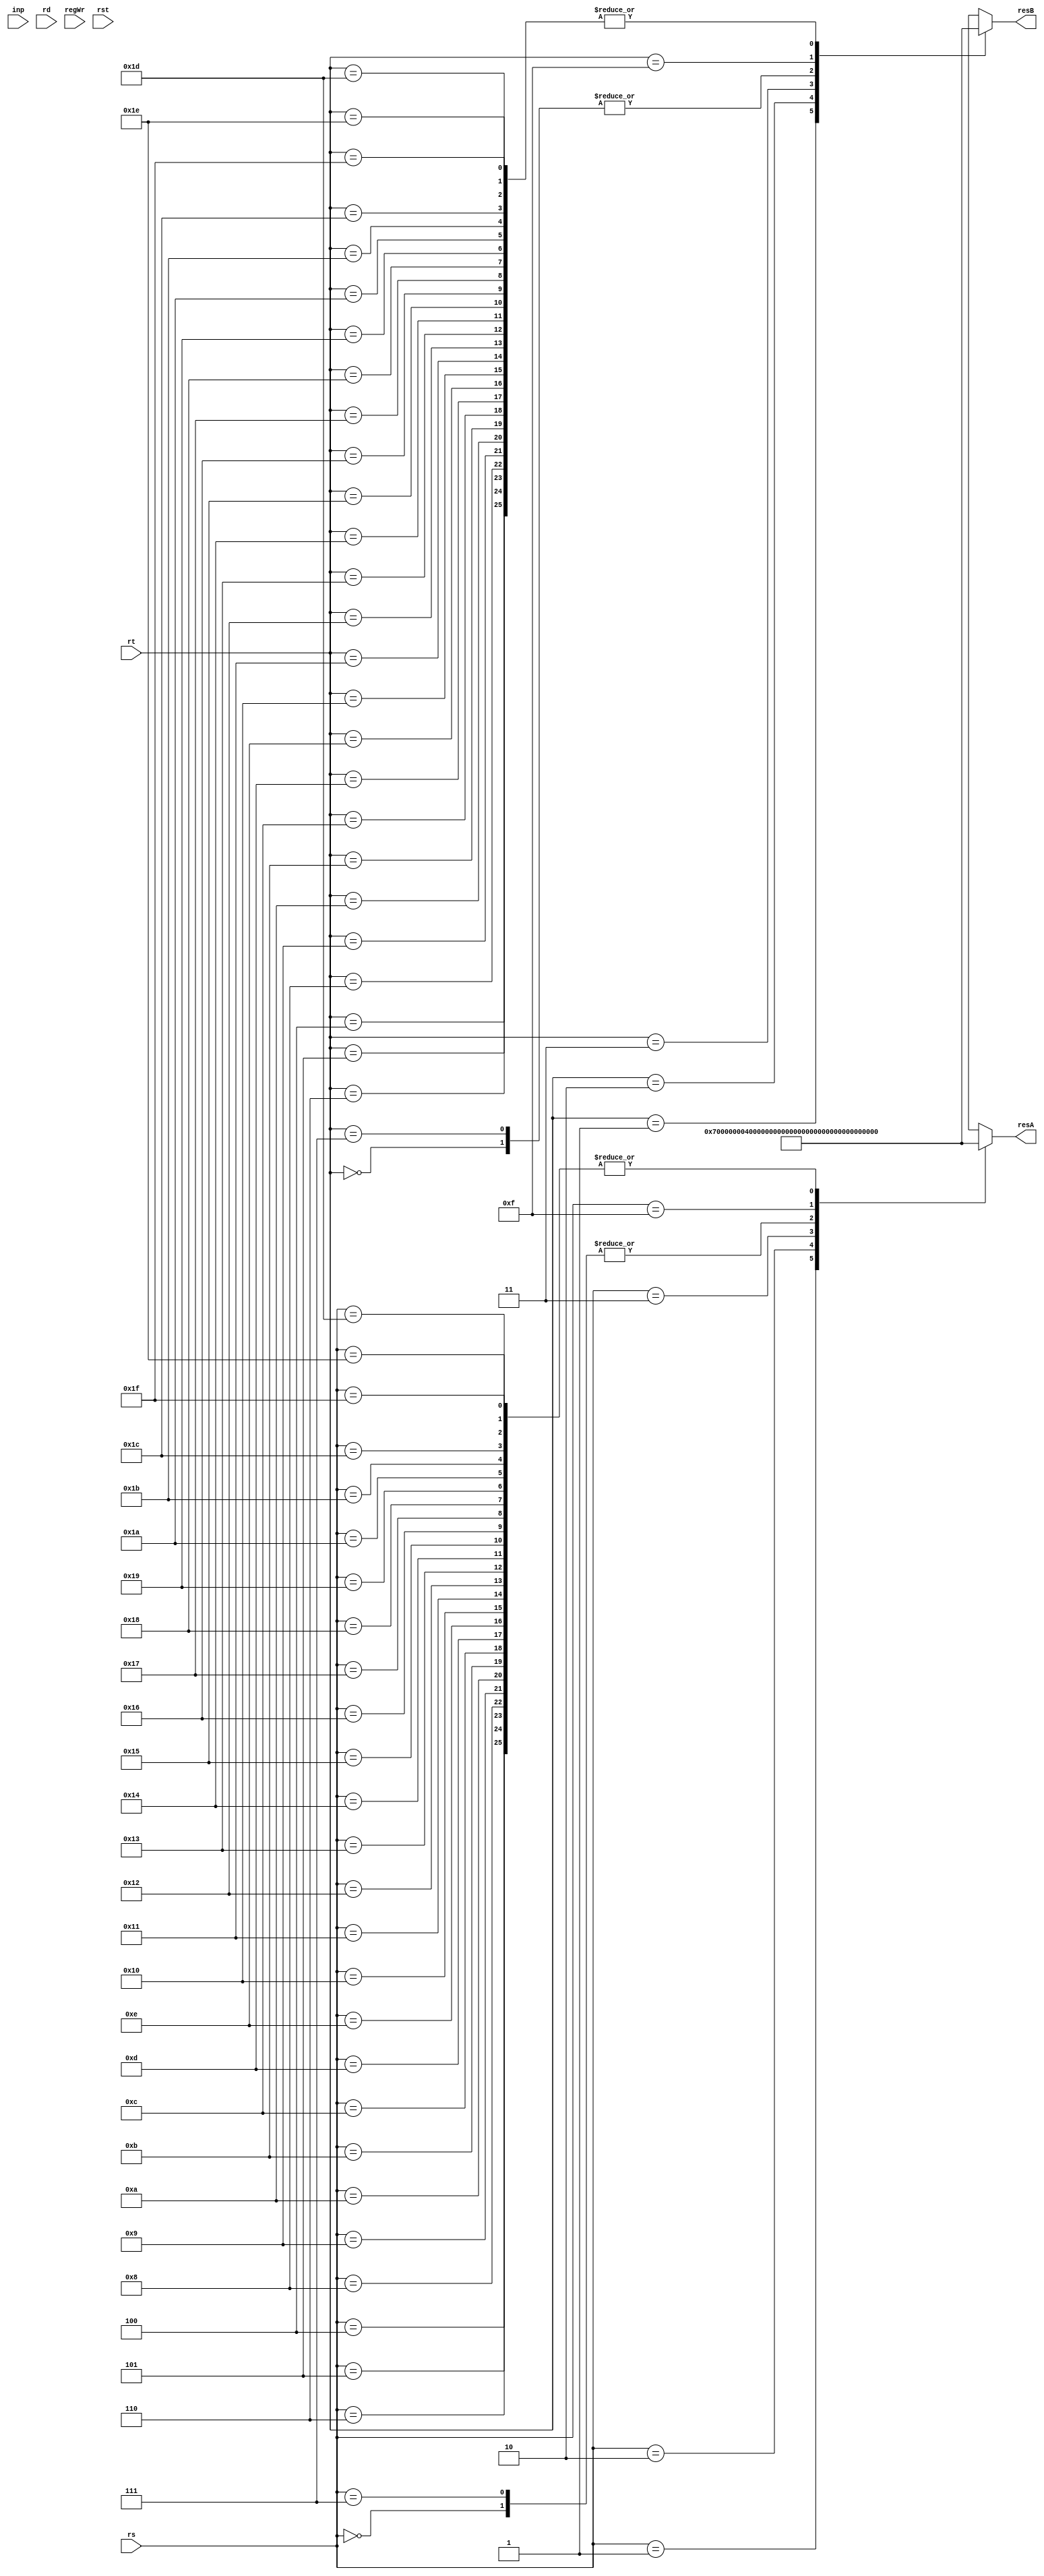
`timescale 1ns/100ps

module RegFile(inp, rd , resA , rs , resB, rt, regWr, rst );

input [31:0] inp;
input [4:0] rs,rt,rd;
output [31:0] resA, resB;

input regWr,rst;
integer  i;

reg [31:0] Reg [0:31];


always @(rst) begin
	Reg[0]= 32'h8;
	Reg[1]=32'h7;
	Reg[2]= 32'h4;
	Reg[3]= 32'h3;
	for(i=4;i<32;i=i+1) 
	begin
		Reg[i]= 32'h0;
	end
	Reg[7]= 32'h8; // 0 and 7 are same
	Reg[15]= 32'd100;
end

assign resA = Reg[rs];
assign resB = Reg[rt];

always @(*) begin
	if(regWr==1'b1)
		Reg[rd]= inp;
end


endmodule

/*
module reg_tb();

reg [31:0] inp;
reg [4:0] rd;

wire [31:0] resA;
wire [31:0] resB;

reg [4:0] rs, rt;
reg rst , regWr;



RegFile tb (.inp(inp), .rd(rd) , .resA(resA) , .rs(rs) , .resB(resB), .rt(rt), .regWr(regWr), .rst(rst));

initial begin
	rs = 5'b00000;
	#10;
	rst = 1'b1;
	#10;
	regWr= 1'b1;
	rd= 5'b00001;
	inp = 32'h7;
	
end

always @(*) begin
	$display("Reset Done");
    $monitor(" resA = %d , resB = %d ", resA, resB);

    rst = 1'b0;
	rs = 5'b00000;
	#5;

	
	
	#10;


	rs= 5'b00000;
	rt= 5'b00001;
	#20;

	//$monitor("*** resA = %d , resB = %d ", resA, resB);


		
end

endmodule

*/